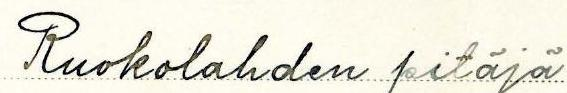
Ruokolahden pitäjä